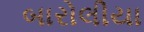
બારોલીયા